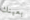
بعينك